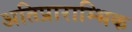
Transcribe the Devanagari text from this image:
अतिप्राराम्भिक